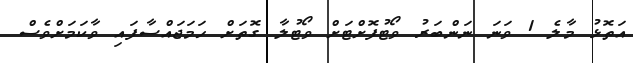
އަތޮޅު މާލެ 1 ވަނަ ނަންބަރު ވޯޓުފޮށްޓަށް ވޯޓުލާ ގޮތަށް ހަމަޖައްސާފައި ވާކަމަށްވެސް